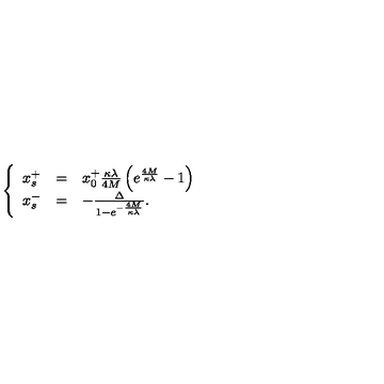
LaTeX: \left\{ \begin{array} { l l l } { x _ { s } ^ { + } } & { = } & { x _ { 0 } ^ { + } \frac { \kappa \lambda } { 4 M } \left( e ^ { \frac { 4 M } { \kappa \lambda } } - 1 \right) } \\ { x _ { s } ^ { - } } & { = } & { - \frac { \Delta } { 1 - e ^ { - \frac { 4 M } { \kappa \lambda } } } . } \\ \end{array} \right.